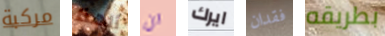
مركبة ألهذا ان ايرك فقدان بطريقه